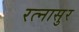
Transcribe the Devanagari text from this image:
रत्‍नासुर